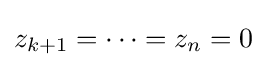
z_{k+1}=\cdots =z_{n}=0